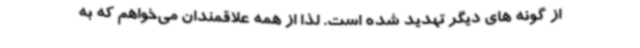
از گونه های دیگر تهدید شده است. لذا از همه علاقمندان می‌خواهم که به